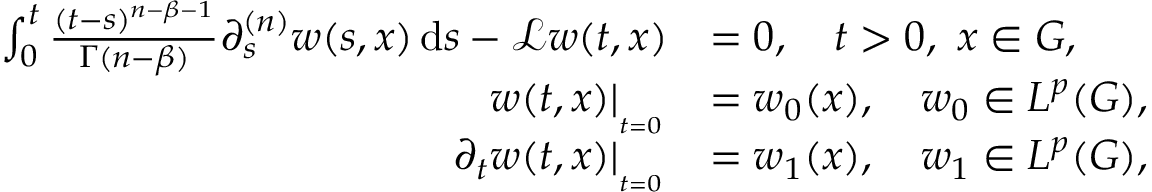
\begin{array} { r l } { \int _ { 0 } ^ { t } \frac { ( t - s ) ^ { n - \beta - 1 } } { \Gamma ( n - \beta ) } \partial _ { s } ^ { ( n ) } w ( s , x ) \, \mathrm { d } s - \mathscr { L } w ( t , x ) } & { = 0 , \quad t > 0 , \, \, x \in G , } \\ { w ( t , x ) | _ { _ { _ { t = 0 } } } } & { = w _ { 0 } ( x ) , \quad w _ { 0 } \in L ^ { p } ( G ) , } \\ { \partial _ { t } w ( t , x ) | _ { _ { _ { t = 0 } } } } & { = w _ { 1 } ( x ) , \quad w _ { 1 } \in L ^ { p } ( G ) , } \end{array}